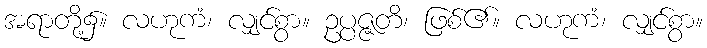
အရာတို့၌။ လဟုကံ၊ လျှင်စွာ။ ဥပ္ပဇ္ဇတိ၊ ဖြစ်၏။ လဟုကံ၊ လျှင်စွာ။